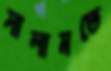
সালামতে